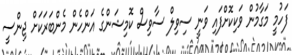
ފަހުމީ މަގާމުން ވަކިކޮށްފައި ވަނީ ސިވިލް ސާވިސް ކޮމިޝަންގެ އަންހެން މެންބަރަކަށް ޖިންސީ